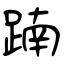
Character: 𨂾